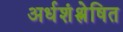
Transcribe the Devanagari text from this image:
अर्धशंश्लेषित